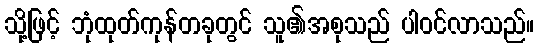
သို့ဖြင့် ဘုံထုတ်ကုန်တခုတွင် သူ၏အစုသည် ပါဝင်လာသည်။